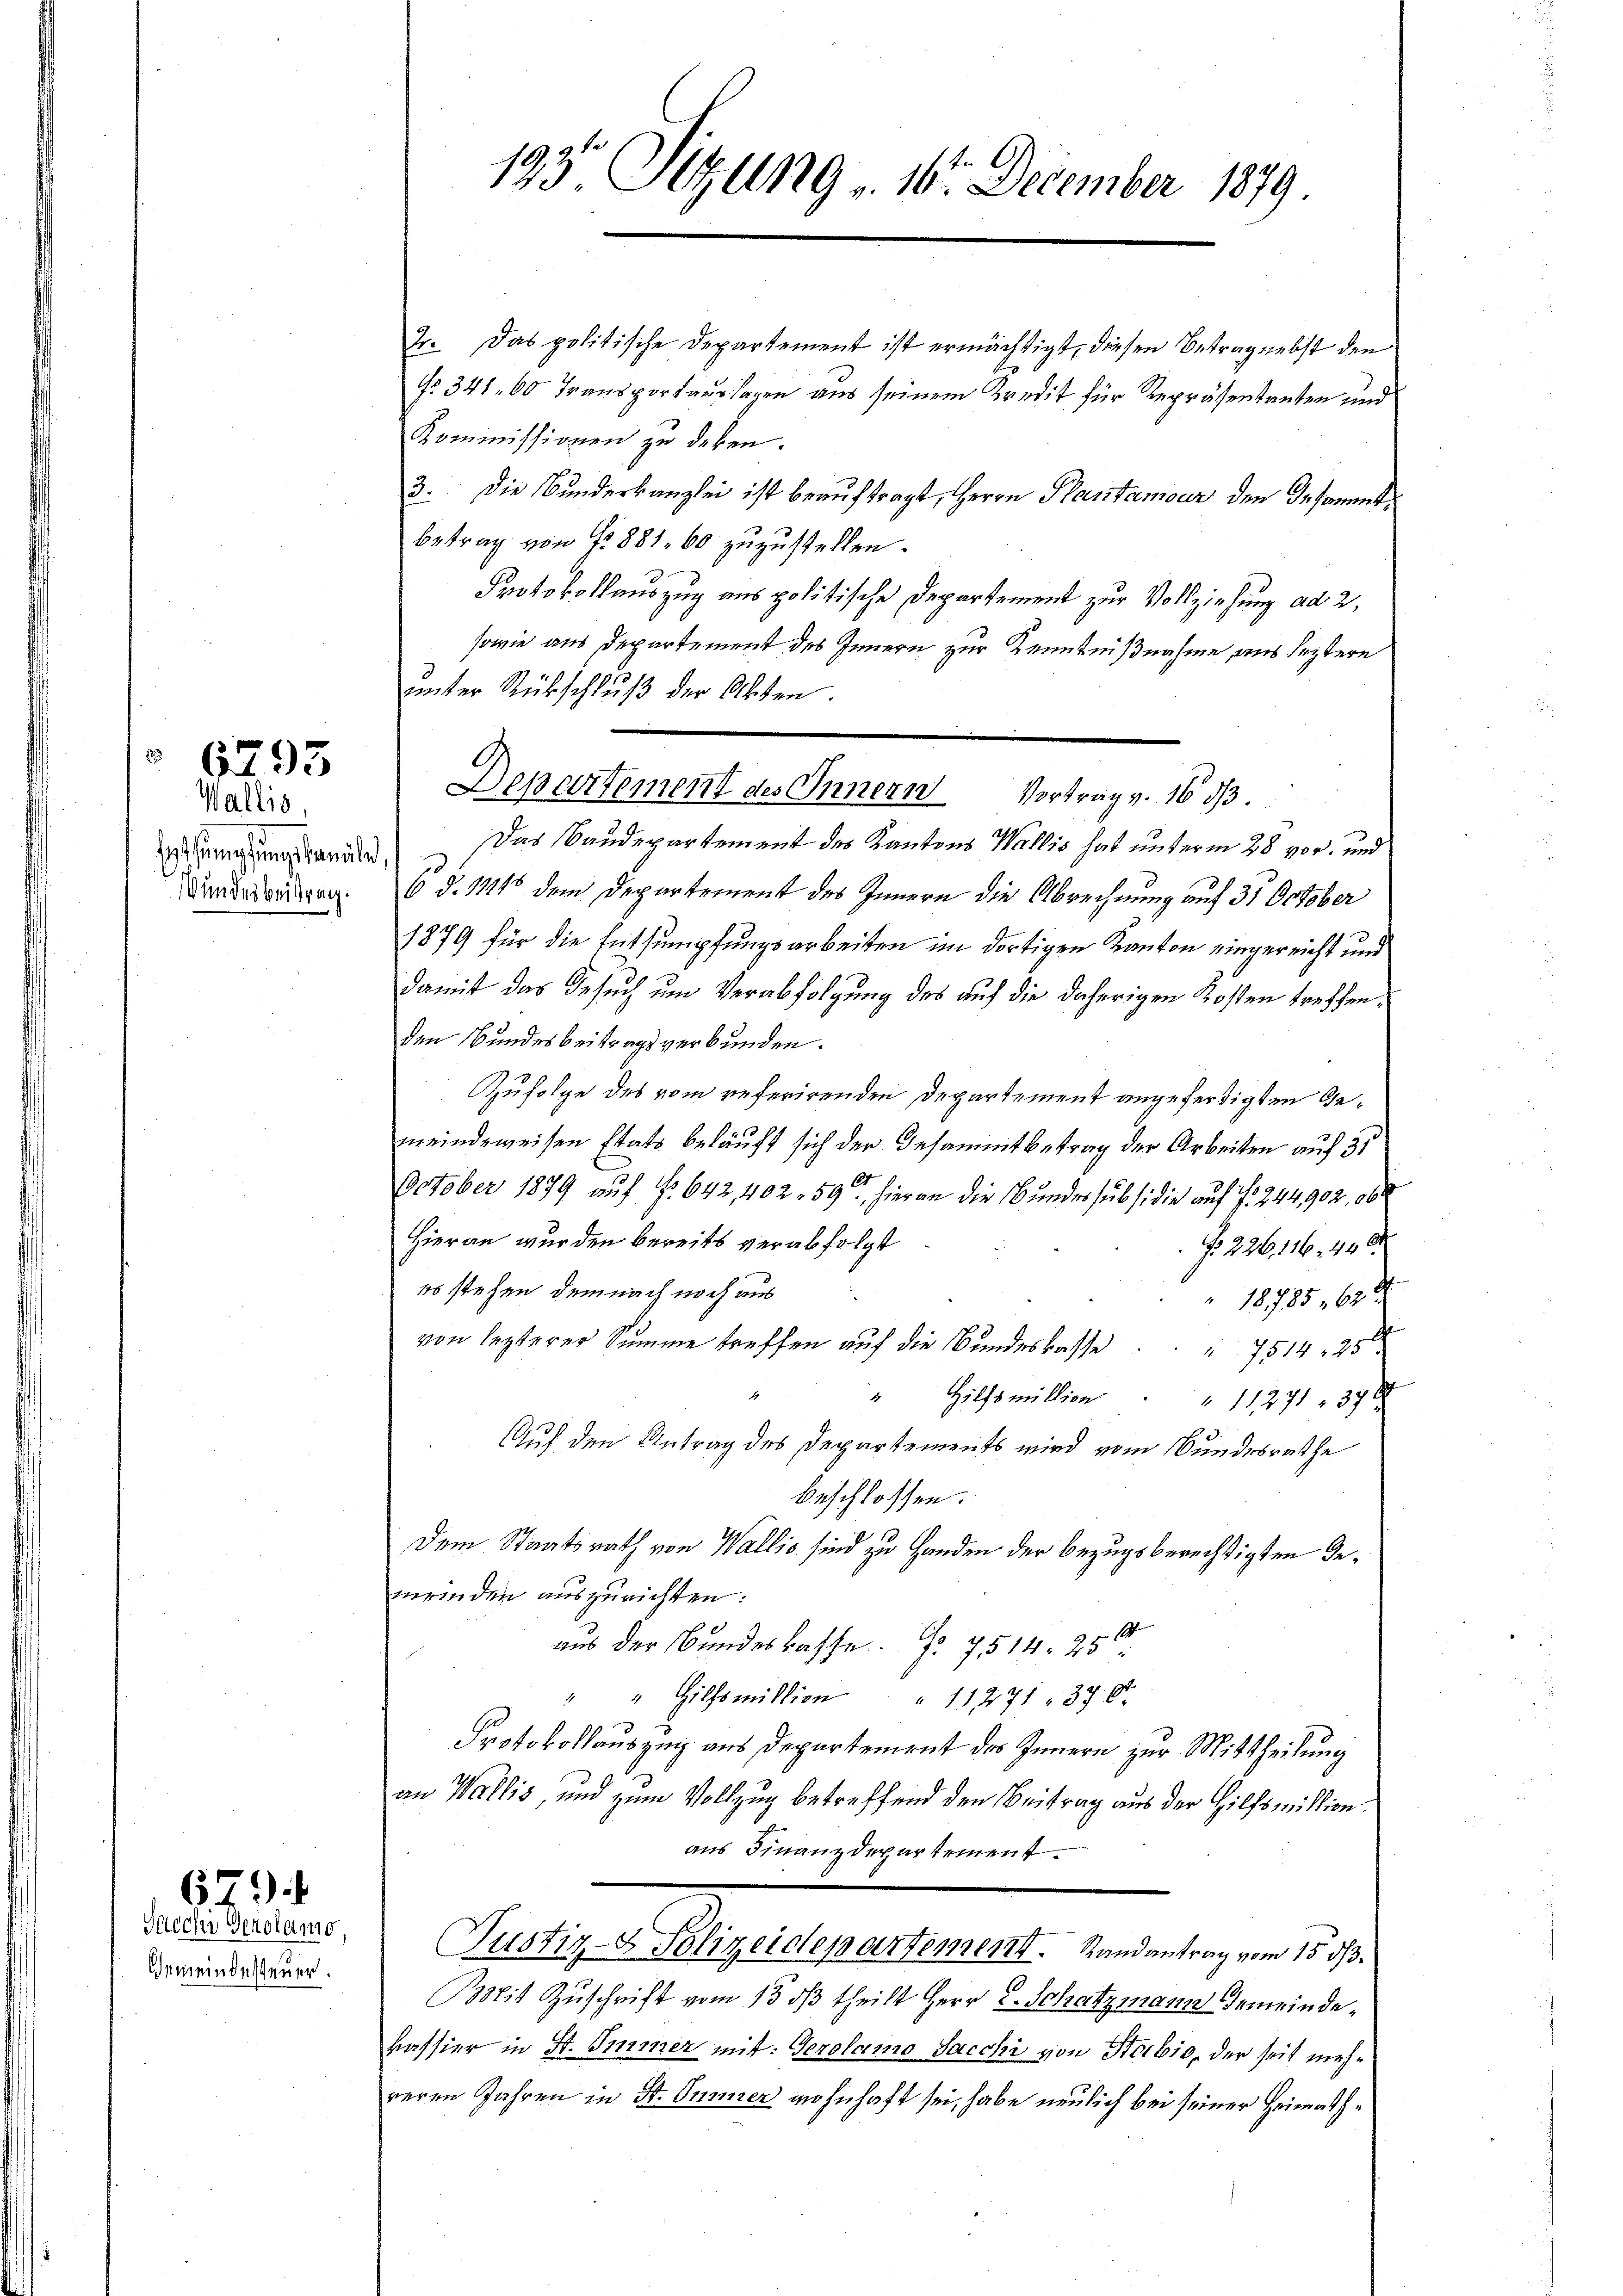
Wallis,
Wundesbeitrag.

6793

Sacche Gerolamo,
Gemeindesteuer.

67

193. Sizung „ 10. December 1879.

2. Das politische Departement ist ermächtigt, diesen Betrag nebst den
fr. 341. 60 Transportaussagen aus seinem Kredit für Repräsentanten und
Kommissionen zu deben.
3. Die Bundeskanzlei ist beauftragt, Herrn Pantamour den Gesammtbetrag von Fr. 881. 60 zuzustellen.
Protokollauszug aus politische Departement zur Vollziehung ad 2,
sowie aus Departement des Innern zur Kenntnißnahme aus leztere
unstanden. Das Baudepartement der Kantons Wallis hat unterm 28. vor. und
6 d. 111 dem Departement des Innern die Abrechnung auf 31 October
1879 für die Entsumpfungsarbeiten im dortigen Kanton eingereicht und
damit das Gesuch um Verabfolgung des auf die daherigen Kosten treffenden Bundesbeitragsverbunden.
Zufolge des vom referirenden Departement angefertigten Ged
meindeweisen Etats beläuft sich der Gesammtbetrag der Arbeiten auf 35
1
October 1879 auf Nr. 642, 402. 59, hieran die Bundes subsidie auf 1. 244902, 86
Hieran wurden bereits verabfolgt
N 226, 116. 448.
es stehen, demnach noch aus
18785. 638
von lezterer Summe treffen auf die Bundeskasse 7514, 250
" Hilfsmillion " " 11271. 37 x
Auf den Antrag des Departements wird vom Bundesrathe
beschlossen:
Dem Staatsrath von Wallis sind zu Handen der bezugsberechtigten Gemeinden auszurichten:
aus der Bundeskasse. No 7514. 256
" " Hilfsmillion " 11271 370.
Protokollauszug aus Departement des Innern zur Mittheilung
an Wallis, und zum Vollzug betreffend den Beitrag aus der Hilfsmittion
aus Finanzdepartement
Justiz- & Polizeidepartement. Randantrag vom 15. ds.
Bit Zuschrift vom 13. dβ theilt Herr C. Schatzmann Gemeindekassier in St. Immer mit: Gerolamo Sacchi von Stobio, der seit mehreren Jahren in St. Ommer wohnhaft sei, habe neulich bei seiner Heimath¬

unter Rückschluß der Akten.
Departement des Innern Vortrag v. 16 d.